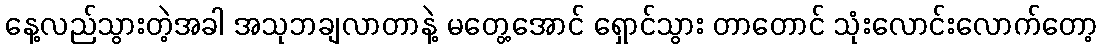
နေ့လည်သွားတဲ့အခါ အသုဘချလာတာနဲ့ မတွေ့အောင် ရှောင်သွား တာတောင် သုံးလောင်းလောက်တော့